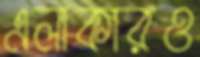
এলাকারও